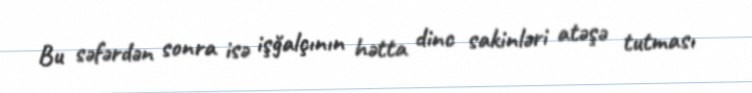
Bu səfərdən sonra isə işğalçının hətta dinc sakinləri atəşə tutması